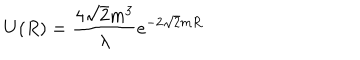
LaTeX: U ( R ) = { \frac { 4 \sqrt { 2 } m ^ { 3 } } { \lambda } } e ^ { - 2 \sqrt { 2 } m R }